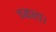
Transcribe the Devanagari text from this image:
चबाना।